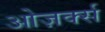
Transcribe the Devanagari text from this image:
ओज़र्क्स